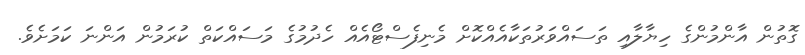
ގޮތުން އާންމުންގެ ހިޔާލާއި ތަސައްވަރުތަކާއެއްކޮށް މެނިފެސްޓޯއެއް ހެދުމުގެ މަސައްކަތް ކުރަމުން އަންނަ ކަމަށެވެ.